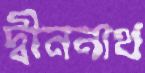
দ্বীননাথ